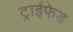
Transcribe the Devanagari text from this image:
ट्राईफेड